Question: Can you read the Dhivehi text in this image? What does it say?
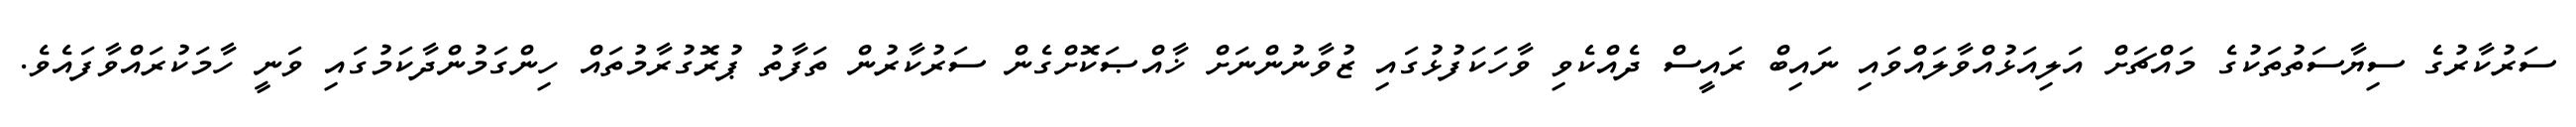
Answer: ސަރުކާރުގެ ސިޔާސަތުތަކުގެ މައްޗަށް އަލިއަޅުއްވާލައްވައި ނައިބް ރައީސް ދެއްކެވި ވާހަކަފުޅުގައި ޒުވާނުންނަށް ޚާއްޞަކޮށްގެން ސަރުކާރުން ތަފާތު ޕުރޮގުރާމުތައް ހިންގަމުންދާކަމުގައި ވަނީ ހާމަކުރައްވާފައެވެ.